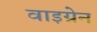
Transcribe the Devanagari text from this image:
वाइग्रेन